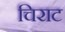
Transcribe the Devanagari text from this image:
चिराट